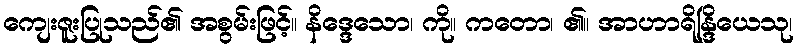
ကျေးဇူးပြုသည်၏ အစွမ်းဖြင့်။ နိဒ္ဒေသော၊ ကို။ ကတော၊ ၏။ အာဟာရိန္ဒြိယေသု၊